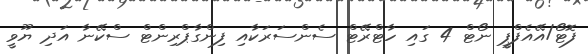
ފޮޓޯ/އޭއެފްޕީ ނޯޓް 4 ގައި ހާޓްރޭޓް ސެންސަރަކާއި ފިންގާޕްރިންޓް ސްކޭނާ އަދި ޔޫވީ